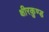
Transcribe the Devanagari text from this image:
क्षीरकुण्ड